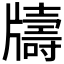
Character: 𤘀